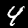
Label: 4